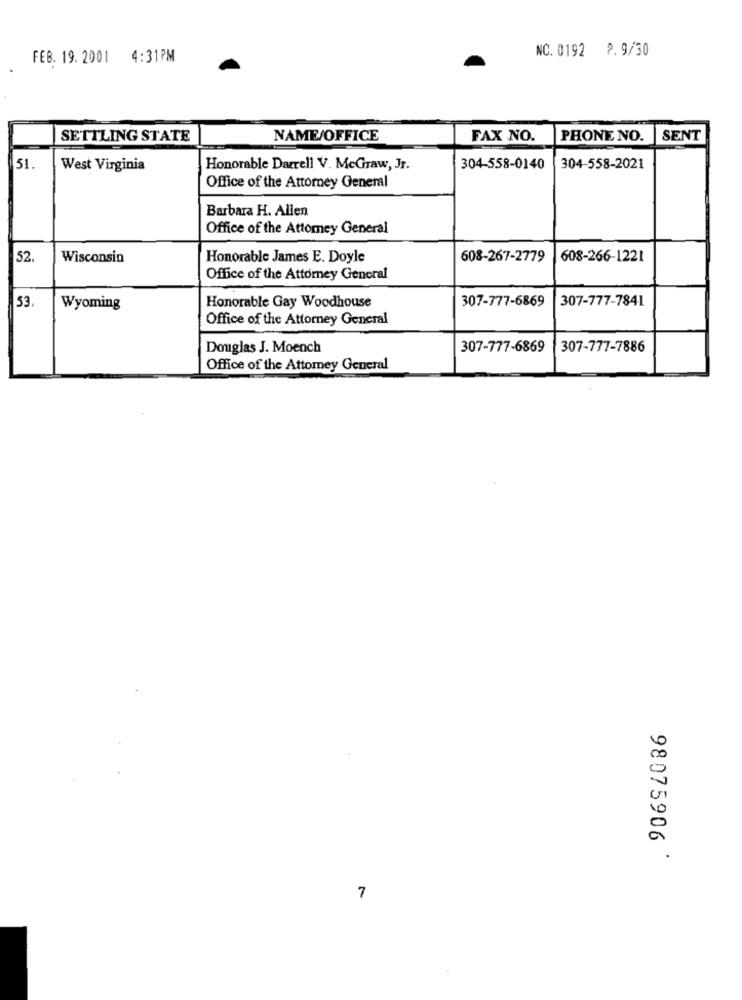
NC. 0192 9. 9/30
FEB. 19.2001 4:31PM
SETTLING STATE
NAME/OFFICE
FAX NO.
PHONE NO.
SENT
51.
West Virginia
Honorable Darrell V. McGraw, Jr.
304-558-0140
304-558-2021
Office of the Attorney General
Barbara H. Allen
Office of the Attorney General
52.
Wisconsin
Honorable James E. Doyle
608-267-2779
608-266-1221
Office of the Attorney General
Honorable Gay Woodhouse
307-777-6869
307-777-7841
53
Wyoming
Office of the Attorney General
Douglas J. Moench
307-777-6869
307-777-7886
Office of the Attorney General
98075906
7